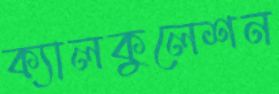
ক্যালকুলেশন